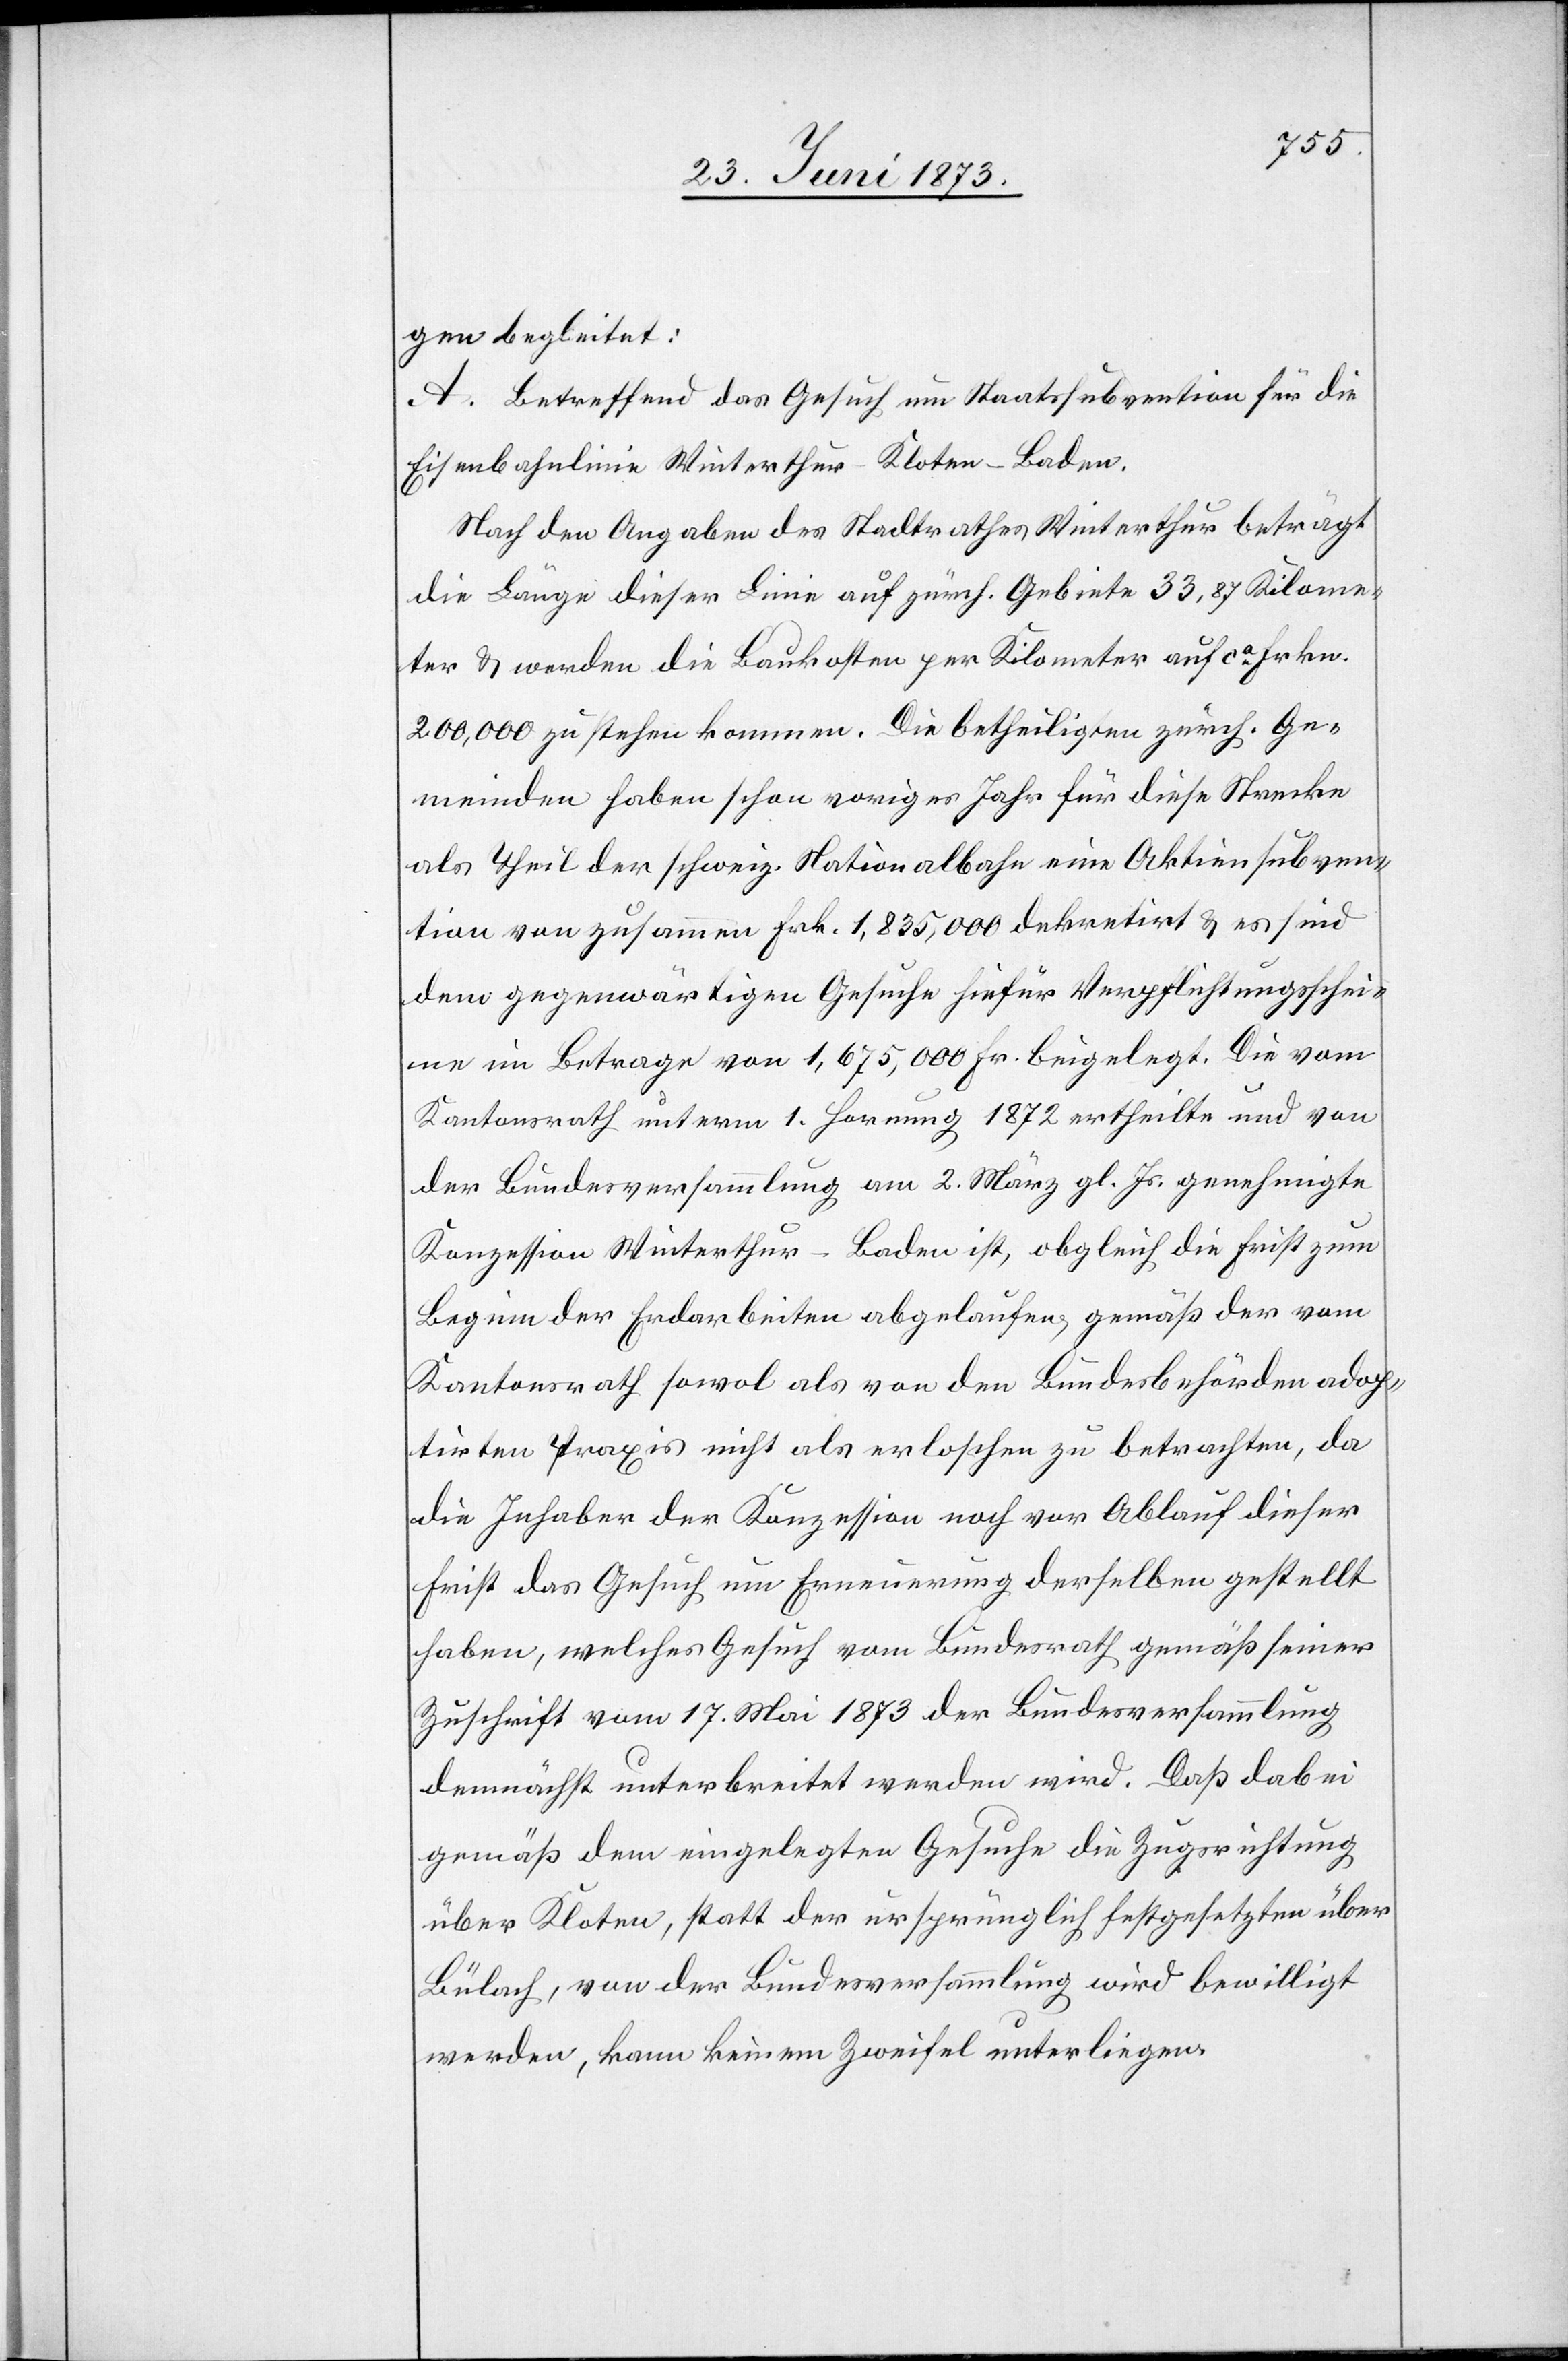
gen begleitet:
A. Betreffend das Gesuch um Staatssubvention für die
Eisenbahnlinie Winterthur–Kloten–Baden.
Nach den Angaben des Stadtrathes Winterthur beträgt
die Länge dieser Linie auf zürch. Gebiete 33,87 Kilome¬
ter & werden die Baukosten per Kilometer auf ca Frkn.
200,000 zu stehen kommen. Die betheiligten zürch. Ge¬
meinden haben schon voriges Jahr für diese Strecke
als Theil der schweiz. Nationalbahn eine Aktiensubven¬
tion von zusammen Frk. 1,835,000 dekretirt & es sind
dem gegenwärtigen Gesuche hiefür Verpflichtungsschei¬
ne im Betrage von 1,675,000 Fr. beigelegt. Die vom
Kantonsrath unterm 1. Hornung 1872 ertheilte und von
der Bundesversammlung am 2. März gl. Js. genehmigte
Konzession Winterthur–Baden ist, obgleich die Frist zum
Beginn der Erdarbeiten abgelaufen, gemäß der vom
Kantonsrath sowol als von den Bundesbehörden adop¬
tirten Praxis nicht als erloschen zu betrachten, da
die Inhaber der Konzession noch vor Ablauf dieser
Frist das Gesuch um Erneuerung derselben gestellt
haben, welches Gesuch vom Bundesrath gemäß seiner
Zuschrift vom 17. Mai 1873 der Bundesversammlung
demnächst unterbreitet werden wird. Daß dabei
gemäß dem eingelegten Gesuche die Zugsrichtung
über Kloten, statt der ursprünglich festgesetzten über
Bülach, von der Bundesversammlung wird bewilligt
werden, kann keinem Zweifel unterliegen.